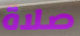
صلاة